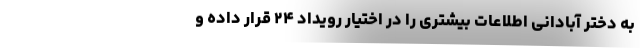
به دختر آبادانی اطلاعات بیشتری را در اختیار رویداد ۲۴ قرار داده و